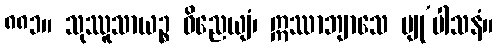
၈၈၁။ သုဿူသာယဉ္စ ဝိညေယျံ၊ ဣဿာဘျာသေ ပျု’ပါသနံ။